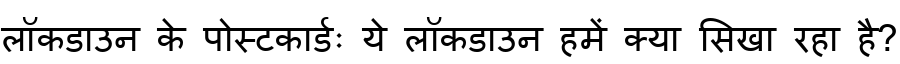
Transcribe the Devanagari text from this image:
लॉकडाउन के पोस्टकार्डः ये लॉकडाउन हमें क्या सिखा रहा है?